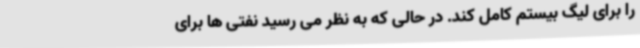
را برای لیگ بیستم کامل کند. در حالی که به نظر می رسید نفتی ها برای